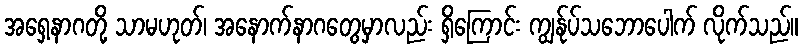
အရှေ့နာဂတို့ သာမဟုတ်၊ အနောက်နာဂတွေမှာလည်း ရှိကြောင်း ကျွန်ုပ်သဘောပေါက် လိုက်သည်။